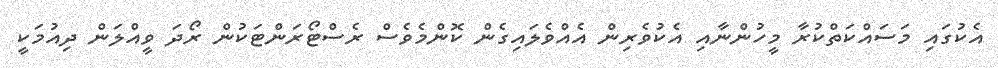
އެކުގައި މަސައްކަތްކުރާ މީހުންނާއި އެކުުވެރިން އެއްވެލައިގެން ކޮންމެވެސް ރެސްޓޯރަންޓަކުން ރޯދަ ވީއްލަން ދިއުމަކީ